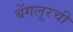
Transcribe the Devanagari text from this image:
बेंगलूरची